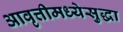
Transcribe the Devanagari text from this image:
आवृत्तीमध्येसुद्धा